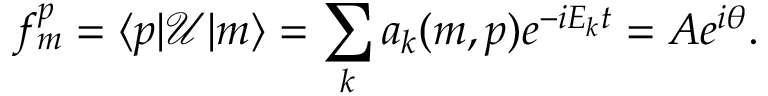
f _ { m } ^ { p } = \langle p \vert \mathcal { U } \vert m \rangle = \sum _ { k } a _ { k } ( m , p ) e ^ { - i E _ { k } t } = A e ^ { i \theta } .